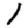
Digit: 1